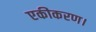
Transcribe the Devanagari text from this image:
एकीकरण।